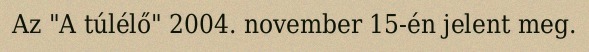
Az "A túlélő" 2004. november 15-én jelent meg.